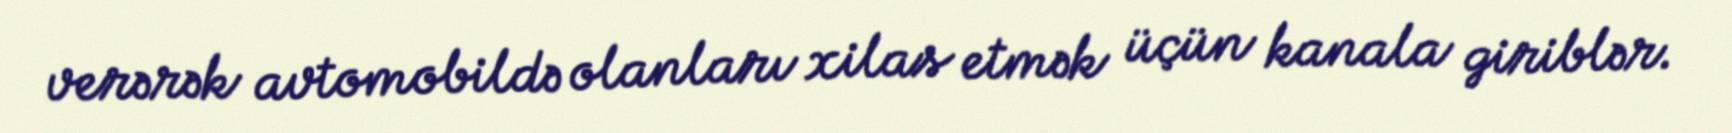
verərək avtomobildə olanları xilas etmək üçün kanala giriblər.